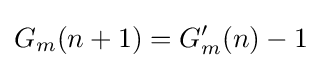
G_{m}(n+1)=G'_{m}(n)-1